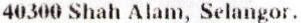
40300 SHAH ALAM, SELANGOR.